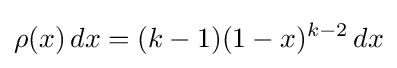
\rho (x)\,dx=(k-1)(1-x)^{k-2}\,dx